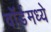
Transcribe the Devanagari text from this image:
वॉर्डमध्ये